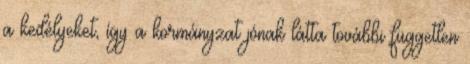
a kedélyeket, így a kormányzat jónak látta további független